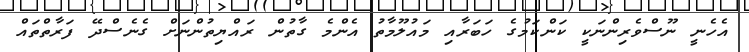
އެހެނީ ނޫސްވެރިންނަކީ ކަންކަމުގެ ހަބަރާއި މައުލޫމާތު އެންމެ ގާތުން ރައްޔިތުންނަށް ގެނެސްދޭ ފަރާތްތައް